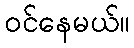
ဝင်နေမယ်။